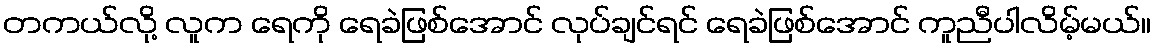
တကယ်လို့ လူက ရေကို ရေခဲဖြစ်အောင် လုပ်ချင်ရင် ရေခဲဖြစ်အောင် ကူညီပါလိမ့်မယ်။